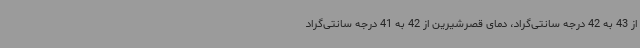
از 43 به 42 درجه سانتی‌گراد، دمای قصرشیرین از 42 به 41 درجه سانتی‌گراد